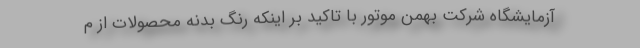
آزمایشگاه شرکت بهمن موتور با تاکید بر اینکه رنگ بدنه محصولات از م